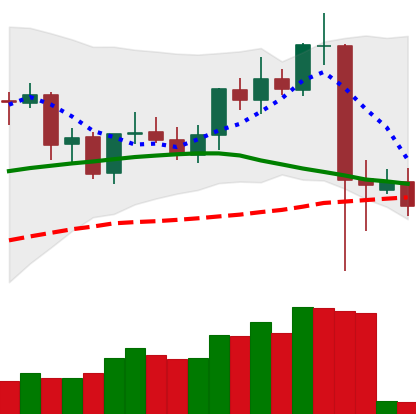
Ticker: ETC-USD
Chart end date: 2021-09-10
Forward return: 4.988%
Label: up_3_5